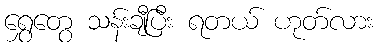
ရွှေတွေ သန်းချီပြီး ရတယ် ဟုတ်လား